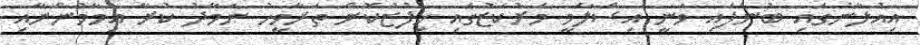
އިއުލާނުގައި ބުނެފައި ވަނީ އިސްލާމީ މަރުކަޒުގައި ހިފުޒުކޮށް ތަރާވީހު ނަމާދު ކުރާ އިމާމުންނާއި